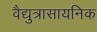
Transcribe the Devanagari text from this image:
वैद्युत्रासायनिक